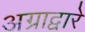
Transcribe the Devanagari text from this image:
अग्राद्वारे